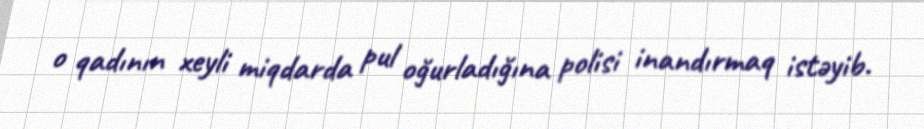
o qadının xeyli miqdarda pul oğurladığına polisi inandırmaq istəyib.